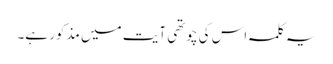
یہ کلمہ اس کی چوتھی آیت میں مذکور ہے۔